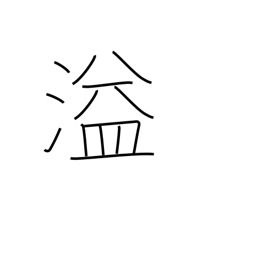
Meaning: spill